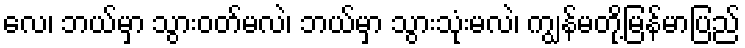
လေ၊ ဘယ်မှာ သွားဝတ်မလဲ၊ ဘယ်မှာ သွားသုံးမလဲ၊ ကျွန်မတို့မြန်မာပြည်